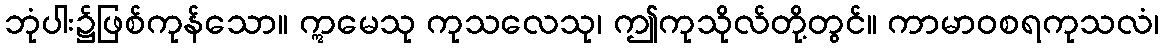
ဘုံပါး၌ဖြစ်ကုန်သော။ ဣမေသု ကုသလေသု၊ ဤကုသိုလ်တို့တွင်။ ကာမာဝစရကုသလံ၊